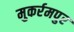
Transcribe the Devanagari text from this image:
मुकर्रमपुर